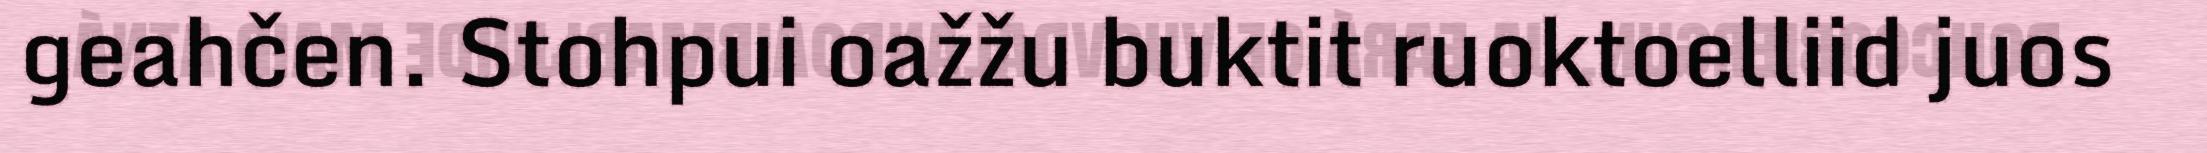
geahčen. Stohpui oažžu buktit ruoktoelliid juos